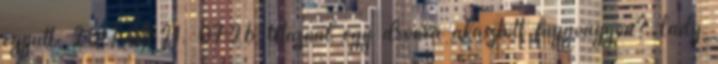
egyutt. 2017.09.21. 07:26 Utaznál egy drónra akasztott függőágyon? Lady